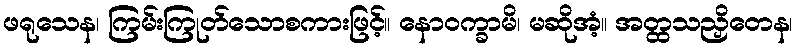
ဖရုသေန၊ ကြမ်းကြုတ်သောစကားဖြင့်။ နောဝက္ခာမိ၊ မဆိုအံ့။ အတ္ထသညှိတေန၊